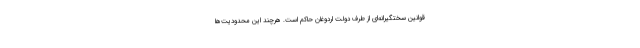
قوانین سختگیرانه‌ای از طرف دولت اردوغان حاکم است. هرچند این محدودیت‌ها